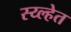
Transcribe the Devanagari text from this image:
स्य्ल्हेत